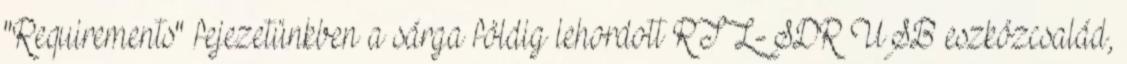
"Requirements" fejezetünkben a sárga földig lehordott RTL-SDR USB eszközcsalád,